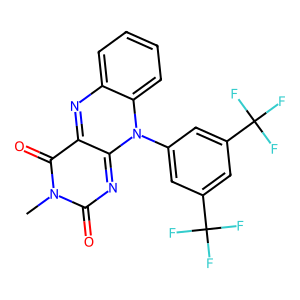
SMILES: Cn1c(=O)nc2n(-c3cc(C(F)(F)F)cc(C(F)(F)F)c3)c3ccccc3nc-2c1=O
Inhibits HIV replication: No